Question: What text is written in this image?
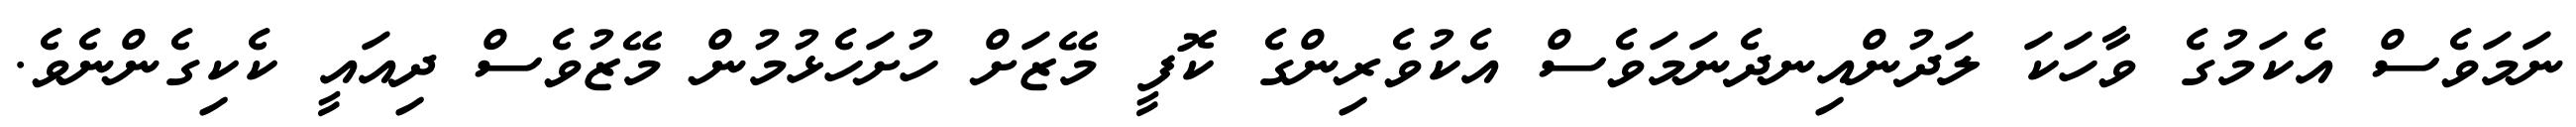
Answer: ނަމަވެސް އެކަމުގެ ވާހަކަ ލަދުންއިނދެނަމަވެސް އެކުވެރިންގެ ކޮފީ މޭޒަށް ހުށަހެޅުމުން މޭޒުވެސް ދިއައީ ކެކިގެންނެވެ.